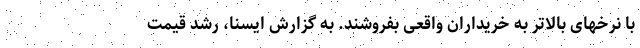
با نرخهای بالاتر به خریداران واقعی بفروشند. به گزارش ایسنا، رشد قیمت